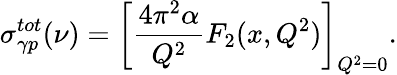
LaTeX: \sigma_{{\gamma}p}^{tot}(\nu)=\left[\frac{4\pi^{2}\alpha}{Q^{2}}F_{2}(x,Q^{2})\right]_{Q^{2}=0}.